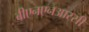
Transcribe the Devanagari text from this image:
बीएनएनआरसी